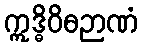
ဣဒ္ဓိဝိဓဉာဏံ